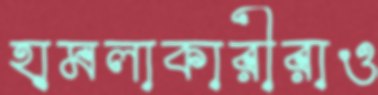
হামলাকারীরাও